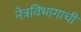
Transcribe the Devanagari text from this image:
नेत्रविभागाची